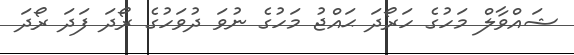
ޝައްވާލް މަހުގެ ހަރޯދަ ޙައްޖު މަހުގެ ނުވަ ދުވަހުގެ ރޯދަ ފަދަ ރޯދަ